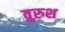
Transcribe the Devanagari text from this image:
वुरुश